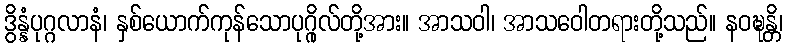
ဒွိန္နံပုဂ္ဂလာနံ၊ နှစ်ယောက်ကုန်သောပုဂ္ဂိုလ်တို့အား။ အာသဝါ၊ အာသဝေါတရားတို့သည်။ နဝဍ္ဎန္တိ၊